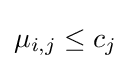
\mu _{i,j}\leq c_{j}